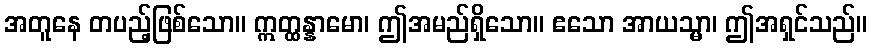
အတူနေ တပည့်ဖြစ်သော။ ဣတ္ထန္နာမော၊ ဤအမည်ရှိသော။ ဧသော အာယသ္မာ၊ ဤအရှင်သည်။